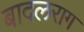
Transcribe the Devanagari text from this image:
बादलराग